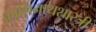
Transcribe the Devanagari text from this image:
काशिनाथशास्त्री